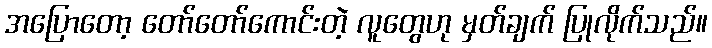
အပြောတော့ တော်တော်ကောင်းတဲ့ လူတွေဟု မှတ်ချက် ပြုလိုက်သည်။